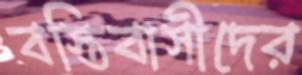
বস্তিবাসীদের